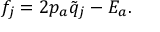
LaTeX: f _ { j } = 2 p _ { a } \tilde { q } _ { j } - E _ { a } .